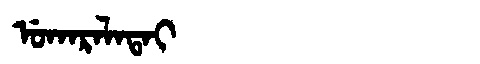
Manchu: ᡠᡴᠠᡵᠠᠯᠠᡨᠠᡳ
Romanization: UKARALATAI